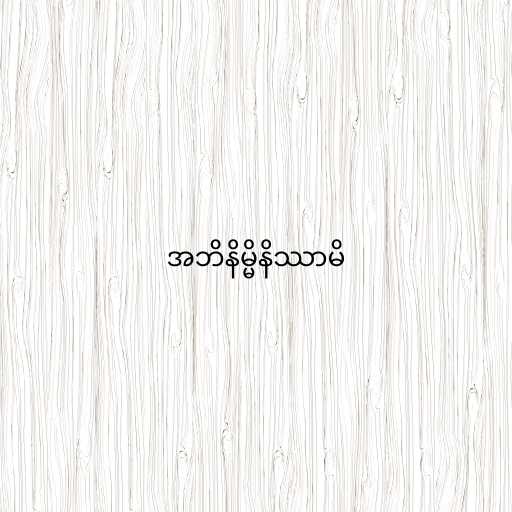
အဘိနိမ္မိနိဿာမိ